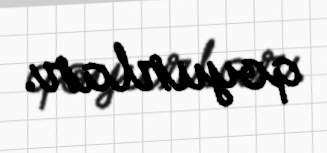
qoyurlar.